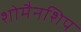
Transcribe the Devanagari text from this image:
शोमैनशिप